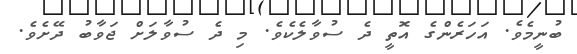
ބުނީމެވެ. އަހަރެންގެ އޮތީ ދެ ސުވާލެކެވެ. މި ދެ ސުވާލަށް ޖަވާބު ދޭށެވެ.